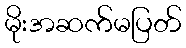
မိုးအဆက်မပြတ်